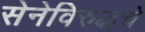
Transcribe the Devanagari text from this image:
सेनेविरुद्धचे